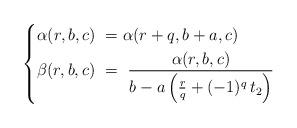
LaTeX: \begin{align*}\left\{\begin{aligned}& \alpha(r,b,c)\ = \alpha(r+q,b+a,c)\ \\& \beta(r,b,c) \ = \ \frac{\alpha(r,b,c)}{ b-a\left(\frac{r}{q}+(-1)^{q}\,t_2\right)}\\\end{aligned}\right.\end{align*}